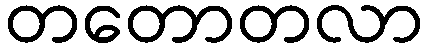
တတောတလာ